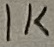
Text: R7